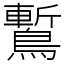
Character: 䳻